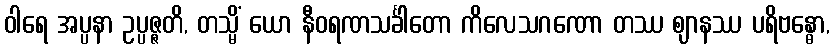
ဝါရေ အပ္ပနာ ဥပ္ပဇ္ဇတိ, တသ္မိံ ယော နီဝရဏသင်္ခါတော ကိလေသဂဏော တဿ ဈာနဿ ပရိဗန္ဓော,